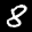
Label: 8